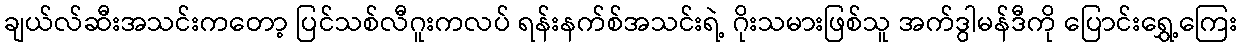
ချယ်လ်ဆီးအသင်းကတော့ ပြင်သစ်လီဂူးကလပ် ရန်းနက်စ်အသင်းရဲ့ ဂိုးသမားဖြစ်သူ အက်ဒွါမန်ဒီကို ပြောင်းရွှေ့ကြေး